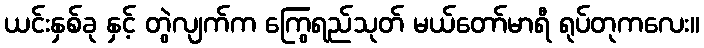
ယင်းနှစ်ခု နှင့် တွဲလျက်က ကြွေရည်သုတ် မယ်တော်မာရီ ရုပ်တုကလေး။